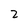
Character: 2